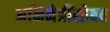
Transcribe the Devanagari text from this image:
अभिनेत्रींसोबत